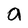
Character: 0